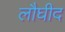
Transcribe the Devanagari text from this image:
लौघीद